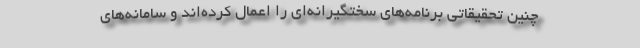
چنین تحقیقاتی برنامه‌های سختگیرانه‌ای را اعمال کرده‌اند و سامانه‌های